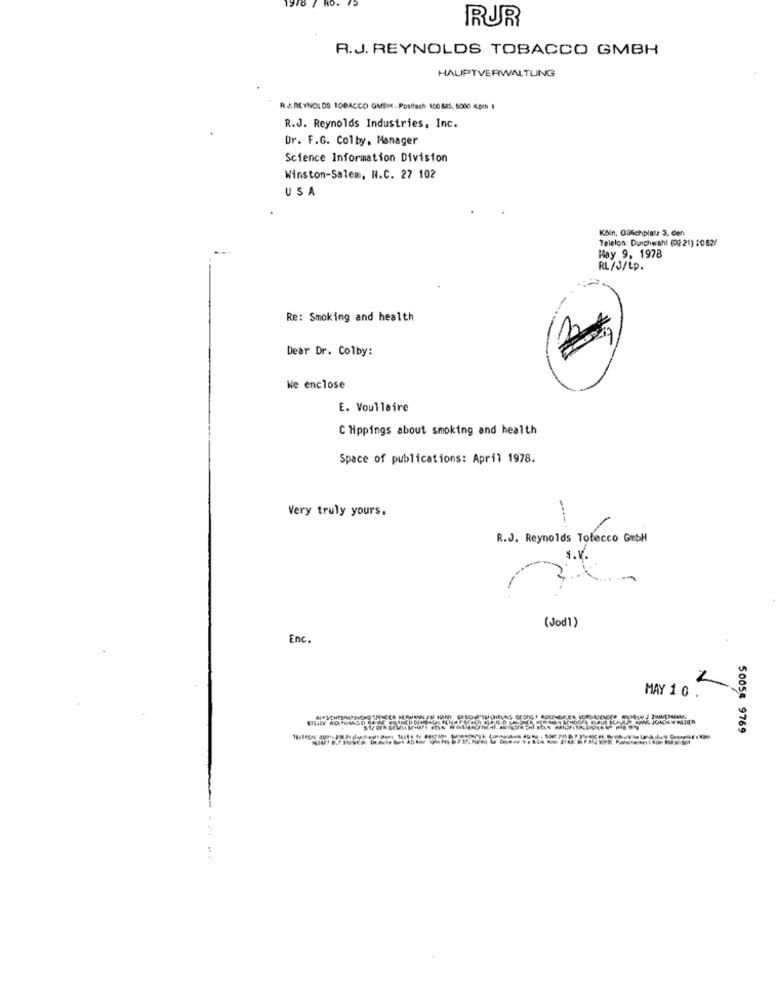
RUR
R.J. REYNOLDS TOBACCO GMBH
HAUPTVERWALTUNG
R.J.REYNOLDS 10BACCO GMBH. Postfach 100 885, 6000 KDIN
R.J. Reynolds Industries, Inc.
Dr. F.G. Colby, Manager
Science Information Division
Winston-Salem, N.C. 27 102
USA
Köln, Gülichplatz 3. den
Telefon: Durchwahl (02 21) $062/
Hay 9, 1978
RL/J/tp.
Re: Smoking and health
Dear Dr. Colby:
We enclose
E. Voullaire
Clippings about smoking and health
Space of publications: April 1978.
Very truly yours.
-
R.J. Reynolds Tofecco GmbH
1.V.
(Jodl)
Enc.
MAY 1 0
5005# 9769